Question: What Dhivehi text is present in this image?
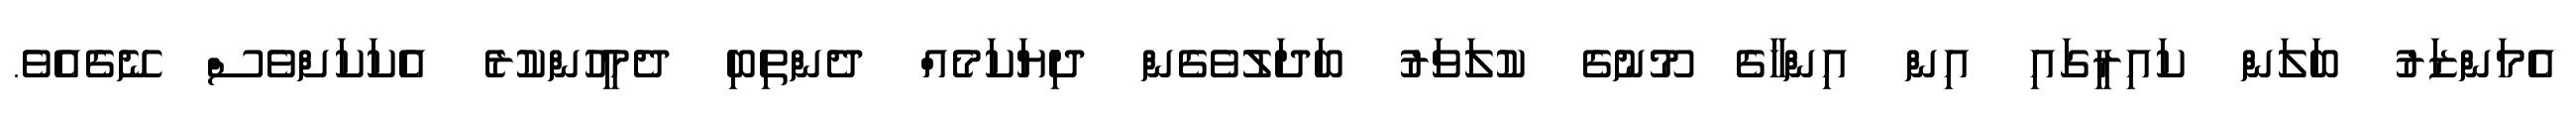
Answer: އެމަންޒަރު ބަލަން ކައިރީގައި އިން އިންހާގެ މޫނުގެ ކުލަވަރު ބަދަލުވެގެން ދިޔަކަމެއް ދެންތިބި ދެމީހުންކުރެ އެކަކަށްވެސް ނޭގެއެވެ.